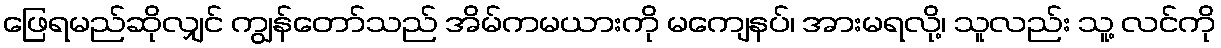
ဖြေရမည်ဆိုလျှင် ကျွန်တော်သည် အိမ်ကမယားကို မကျေနပ်၊ အားမရလို့၊ သူလည်း သူ့ လင်ကို